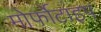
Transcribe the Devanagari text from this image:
मोर्फोटाइप